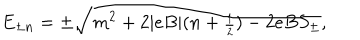
E _ { \pm n } = \pm \sqrt { m ^ { 2 } + 2 | e B | ( n + { \scriptstyle \frac { 1 } { 2 } } ) - 2 e B S _ { \pm } } ,